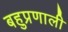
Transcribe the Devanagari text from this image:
बहुप्रणाली